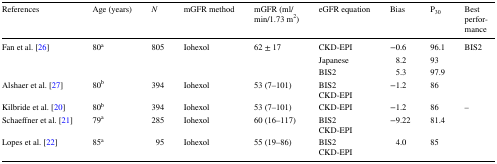
<table><thead><tr><td><b>References</b></td><td><b>Age (years)</b></td><td><b><i>N</i></b></td><td><b>mGFR method</b></td><td><b>mGFR (ml/min/1.73 m<sup>2</sup>)</b></td><td><b>eGFR equation</b></td><td><b>Bias</b></td><td><b>P<sub>30</sub></b></td><td><b>Best performance</b></td></tr></thead><tbody><tr><td rowspan="3">Fan et al. [26]</td><td rowspan="3">80<sup>a</sup></td><td rowspan="3">805</td><td rowspan="3">Iohexol</td><td rowspan="3">62 ± 17</td><td>CKD-EPI</td><td>−0.6</td><td>96.1</td><td rowspan="3">BIS2</td></tr><tr><td>Japanese</td><td>8.2</td><td>93</td></tr><tr><td>BIS2</td><td>5.3</td><td>97.9</td></tr><tr><td>Alshaer et al. [27]</td><td>80<sup>b</sup></td><td>394</td><td>Iohexol</td><td>53 (7–101)</td><td>BIS2CKD-EPI</td><td>−1.2</td><td>86</td><td></td></tr><tr><td>Kilbride et al. [20]</td><td>80<sup>b</sup></td><td>394</td><td>Iohexol</td><td>53 (7–101)</td><td>CKD-EPI</td><td>−1.2</td><td>86</td><td>–</td></tr><tr><td>Schaeffner et al. [21]</td><td>79<sup>a</sup></td><td>285</td><td>Iohexol</td><td>60 (16–117)</td><td>BIS2CKD-EPI</td><td>−9.22</td><td>81.4</td><td></td></tr><tr><td>Lopes et al. [22]</td><td>85<sup>a</sup></td><td>95</td><td>Iohexol</td><td>55 (19–86)</td><td>BIS2CKD-EPI</td><td>4.0</td><td>85</td><td></td></tr></tbody></table>